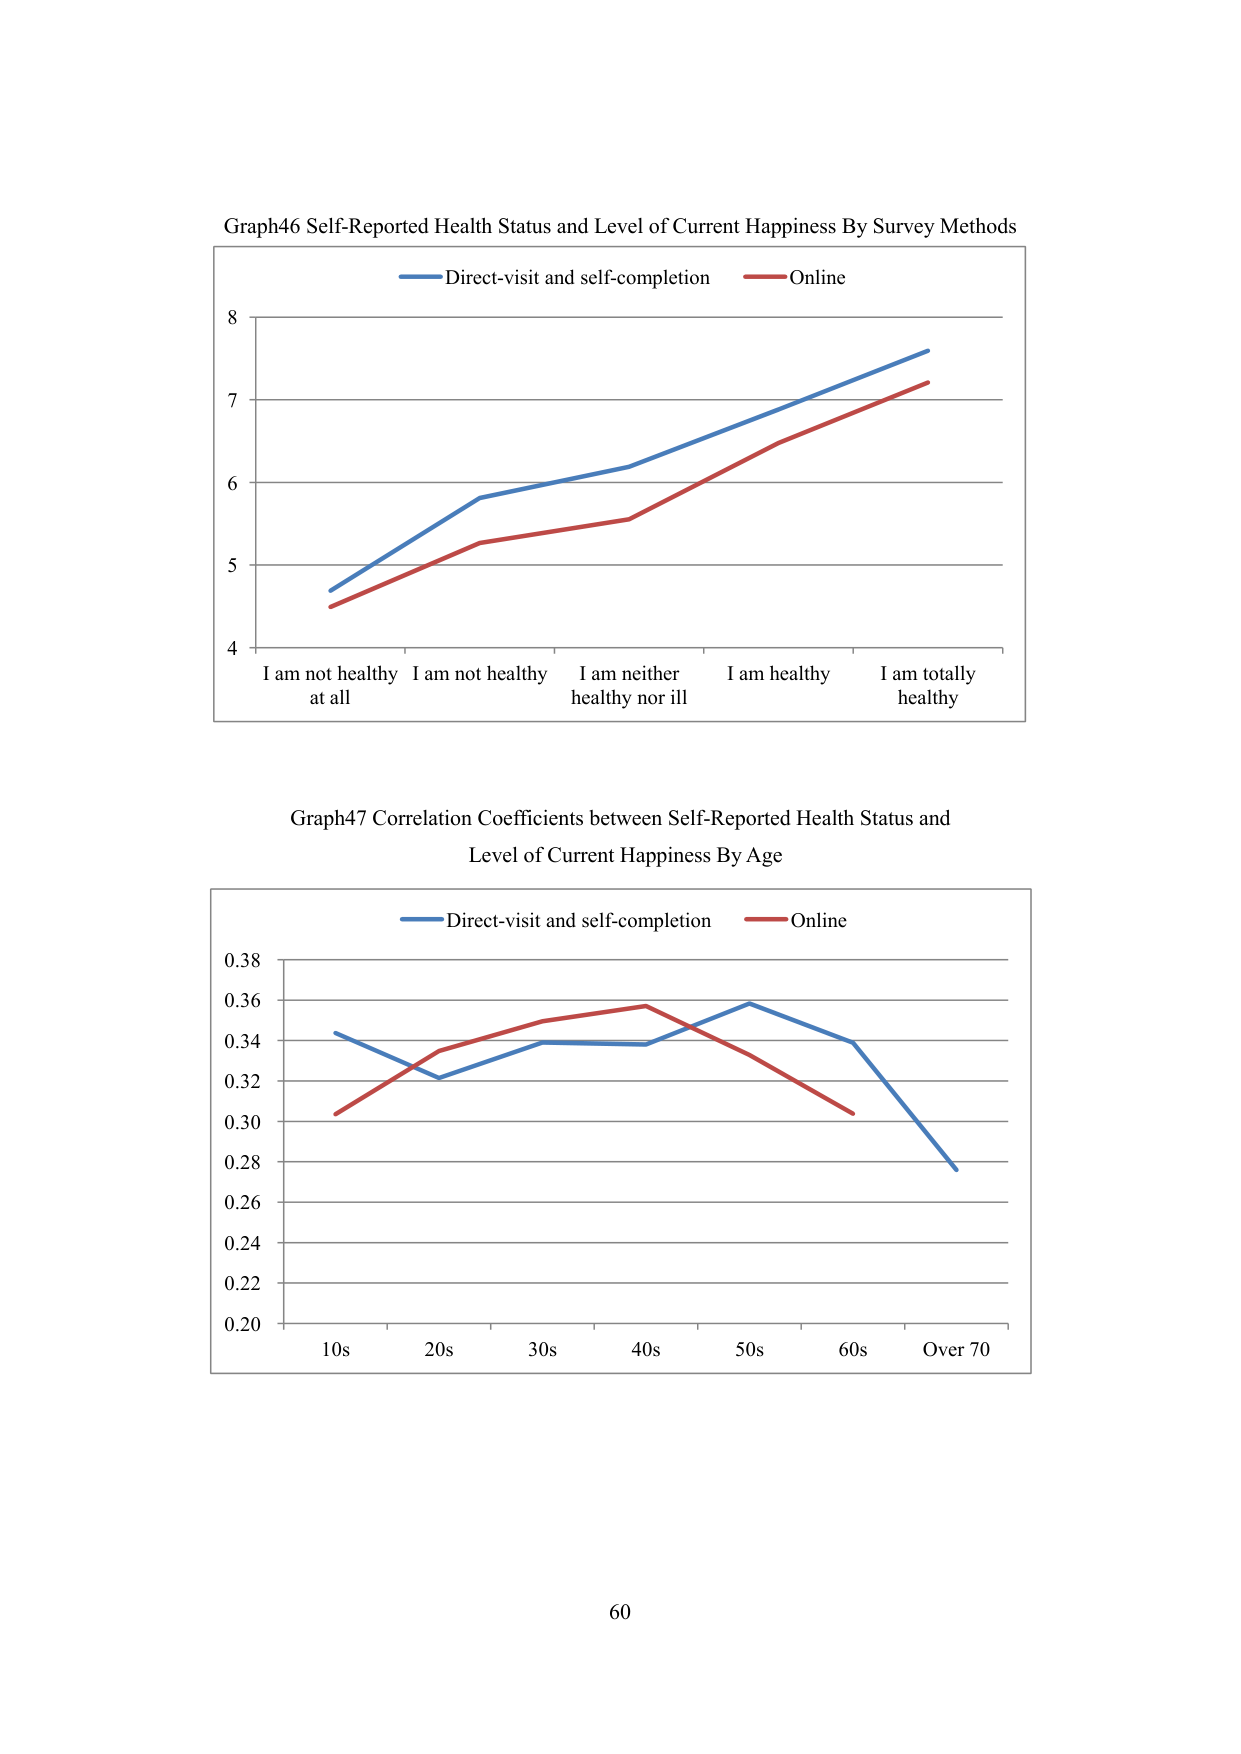
Graph46 Self-Reported Health Status and Level of Current Happiness By Survey Methods
Direct-visit and self-completion Online
8
7
6
5
4
I am not healthy at all I am not healthy I am neither healthy nor ill I am healthy I am totally healthy
Graph47 Correlation Coefficients between Self-Reported Health Status and Level of Current Happiness By Age
Direct-visit and self-completion Online
0.38
0.36
0.34
0.32
0.30
0.28
0.26
0.24
0.22
0.20
10s 20s 30s 40s 50s 60s Over 70
60